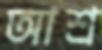
আশ্র